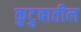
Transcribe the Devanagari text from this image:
कुटुबातील